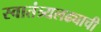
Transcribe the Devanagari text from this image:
स्वातंत्र्यलढ्याची